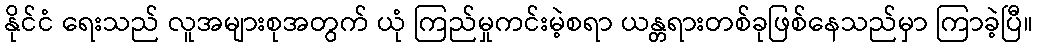
နိုင်ငံ ရေးသည် လူအများစုအတွက် ယုံ ကြည်မှုကင်းမဲ့စရာ ယန္တရားတစ်ခုဖြစ်နေသည်မှာ ကြာခဲ့ပြီ။